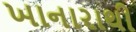
ખાનારાથી